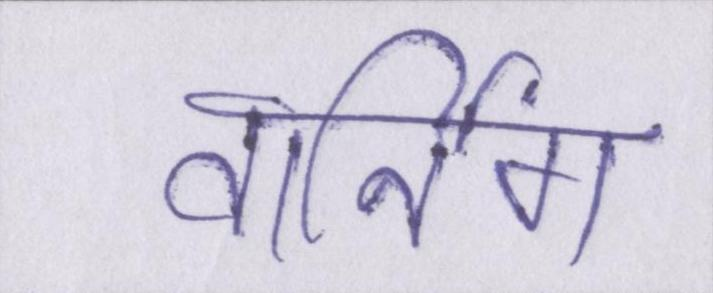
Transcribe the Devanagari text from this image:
वार्निंग